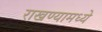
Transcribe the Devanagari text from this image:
राखण्यामध्ये